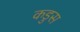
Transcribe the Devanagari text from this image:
कडुस